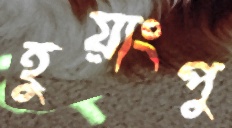
হুয়াংপু